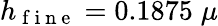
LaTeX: h_{\mathrm{~f~i~n~e~}}=0.1875\; \mu